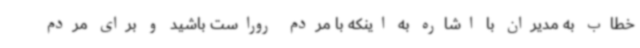
خطاب به مدیران با اشاره به اینکه با مردم روراست باشید و برای مردم